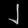
Digit: ၂